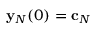
{ \bf y } _ { N } ( 0 ) = { \bf c } _ { N }